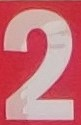
2